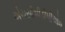
એચસીપીડીપીએમ